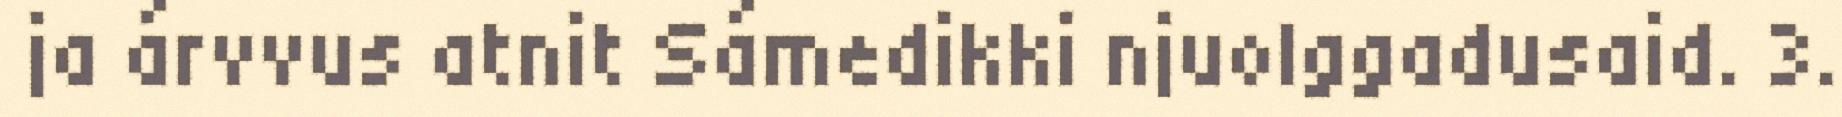
ja árvvus atnit Sámedikki njuolggadusaid. 3.